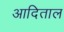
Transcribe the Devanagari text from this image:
आदिताल